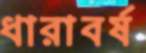
ধারাবর্ষ